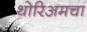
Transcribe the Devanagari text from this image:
थोरिअमचा